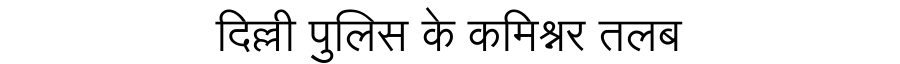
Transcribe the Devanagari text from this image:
दिल्ली पुलिस के कमिश्नर तलब